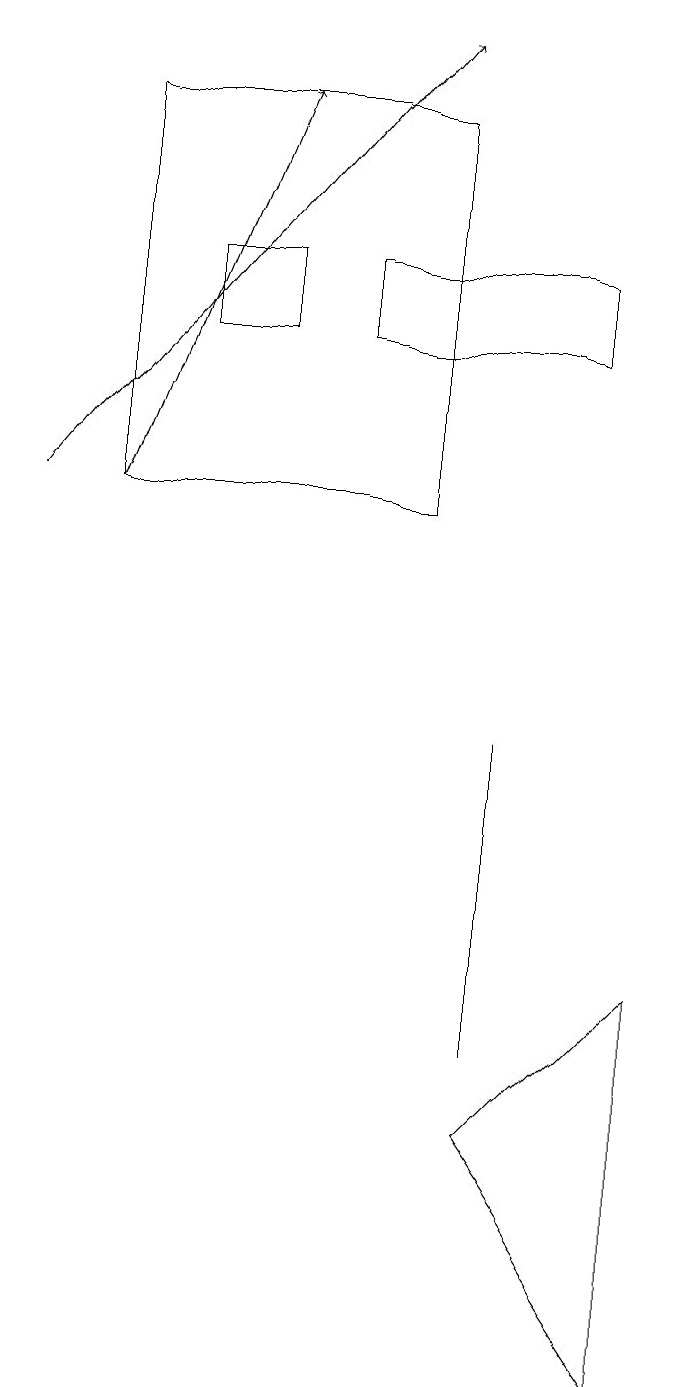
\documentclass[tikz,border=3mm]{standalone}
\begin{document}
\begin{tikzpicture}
\draw[->] (2,11) -- (4,16);
\draw (7,3) -- (9,5) -- (9,0) -- cycle;
\draw (6,16) rectangle (2,11);
\draw[->] (1,11) -- (6,17);
\draw (4,14) rectangle (3,13);
\draw (7,4) -- (7,6) -- (7,8) -- cycle;
\draw (8,14) rectangle (5,13);
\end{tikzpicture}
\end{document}